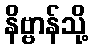
နိဗ္ဗာန်သို့